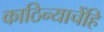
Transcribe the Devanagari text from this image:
काठिन्याचेंहि